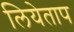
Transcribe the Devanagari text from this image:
लियेताप